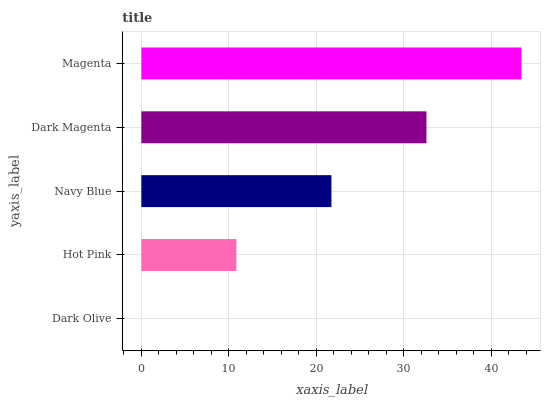
| yaxis_label | bars |
 | --- | --- |
 | Dark Olive | 0 |
 | Hot Pink | 10.9 |
 | Navy Blue | 21.7 |
 | Dark Magenta | 32.6 |
 | Magenta | 43.5 |